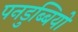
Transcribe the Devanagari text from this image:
पनडुब्बियो